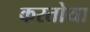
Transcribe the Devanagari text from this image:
करतोया